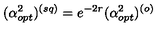
( \alpha _ { o p t } ^ { 2 } ) ^ { ( s q ) } = e ^ { - 2 r } ( \alpha _ { o p t } ^ { 2 } ) ^ { ( o ) }